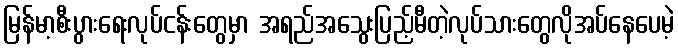
မြန်မာ့စီးပွားရေးလုပ်ငန်းတွေမှာ အရည်အသွေးပြည့်မီတဲ့လုပ်သားတွေလိုအပ်နေပေမဲ့